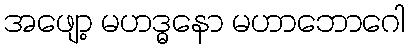
အဖျော့ မဟဒ္ဓနော မဟာဘောဂေါ